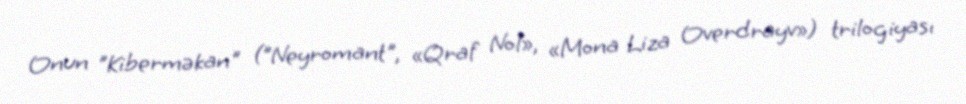
Onun "Kiberməkan" ("Neyromant", «Qraf Nol», «Mona Liza Overdrayv») trilogiyası